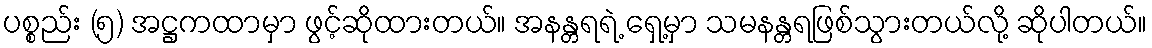
ပစ္စည်း (၅) အဋ္ဌကထာမှာ ဖွင့်ဆိုထားတယ်။ အနန္တရရဲ့ ရှေ့မှာ သမနန္တရဖြစ်သွားတယ်လို့ ဆိုပါတယ်။